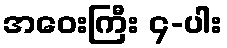
အဝေးကြီး ၄-ပါး